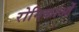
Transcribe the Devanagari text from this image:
रोमिकाओं